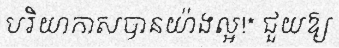
បរិយាកាសបានយ៉ាងល្អ!* ជួយឱ្យ